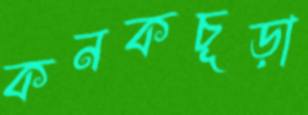
কনকচূড়া